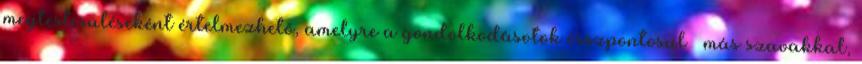
megtestesüléseként értelmezhető, amelyre a gondolkodásotok összpontosul – más szavakkal,